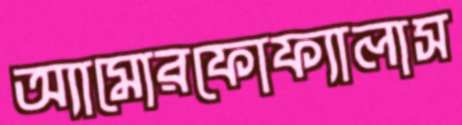
অ্যামোরফোফ্যালাস